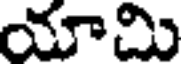
యామి